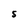
Character: S